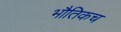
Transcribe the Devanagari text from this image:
भौतिकच